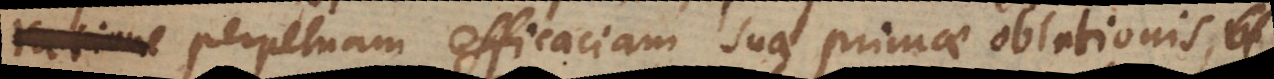
modo perpetuam efficaciam suae primae oblationis,